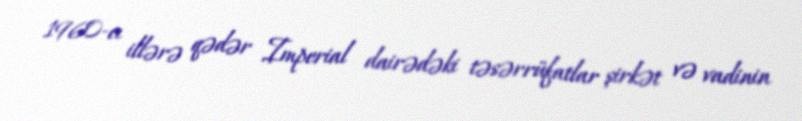
1960-cı illərə qədər Imperial dairədəki təsərrüfatlar şirkət və vadinin